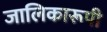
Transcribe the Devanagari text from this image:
जालिकारूपी